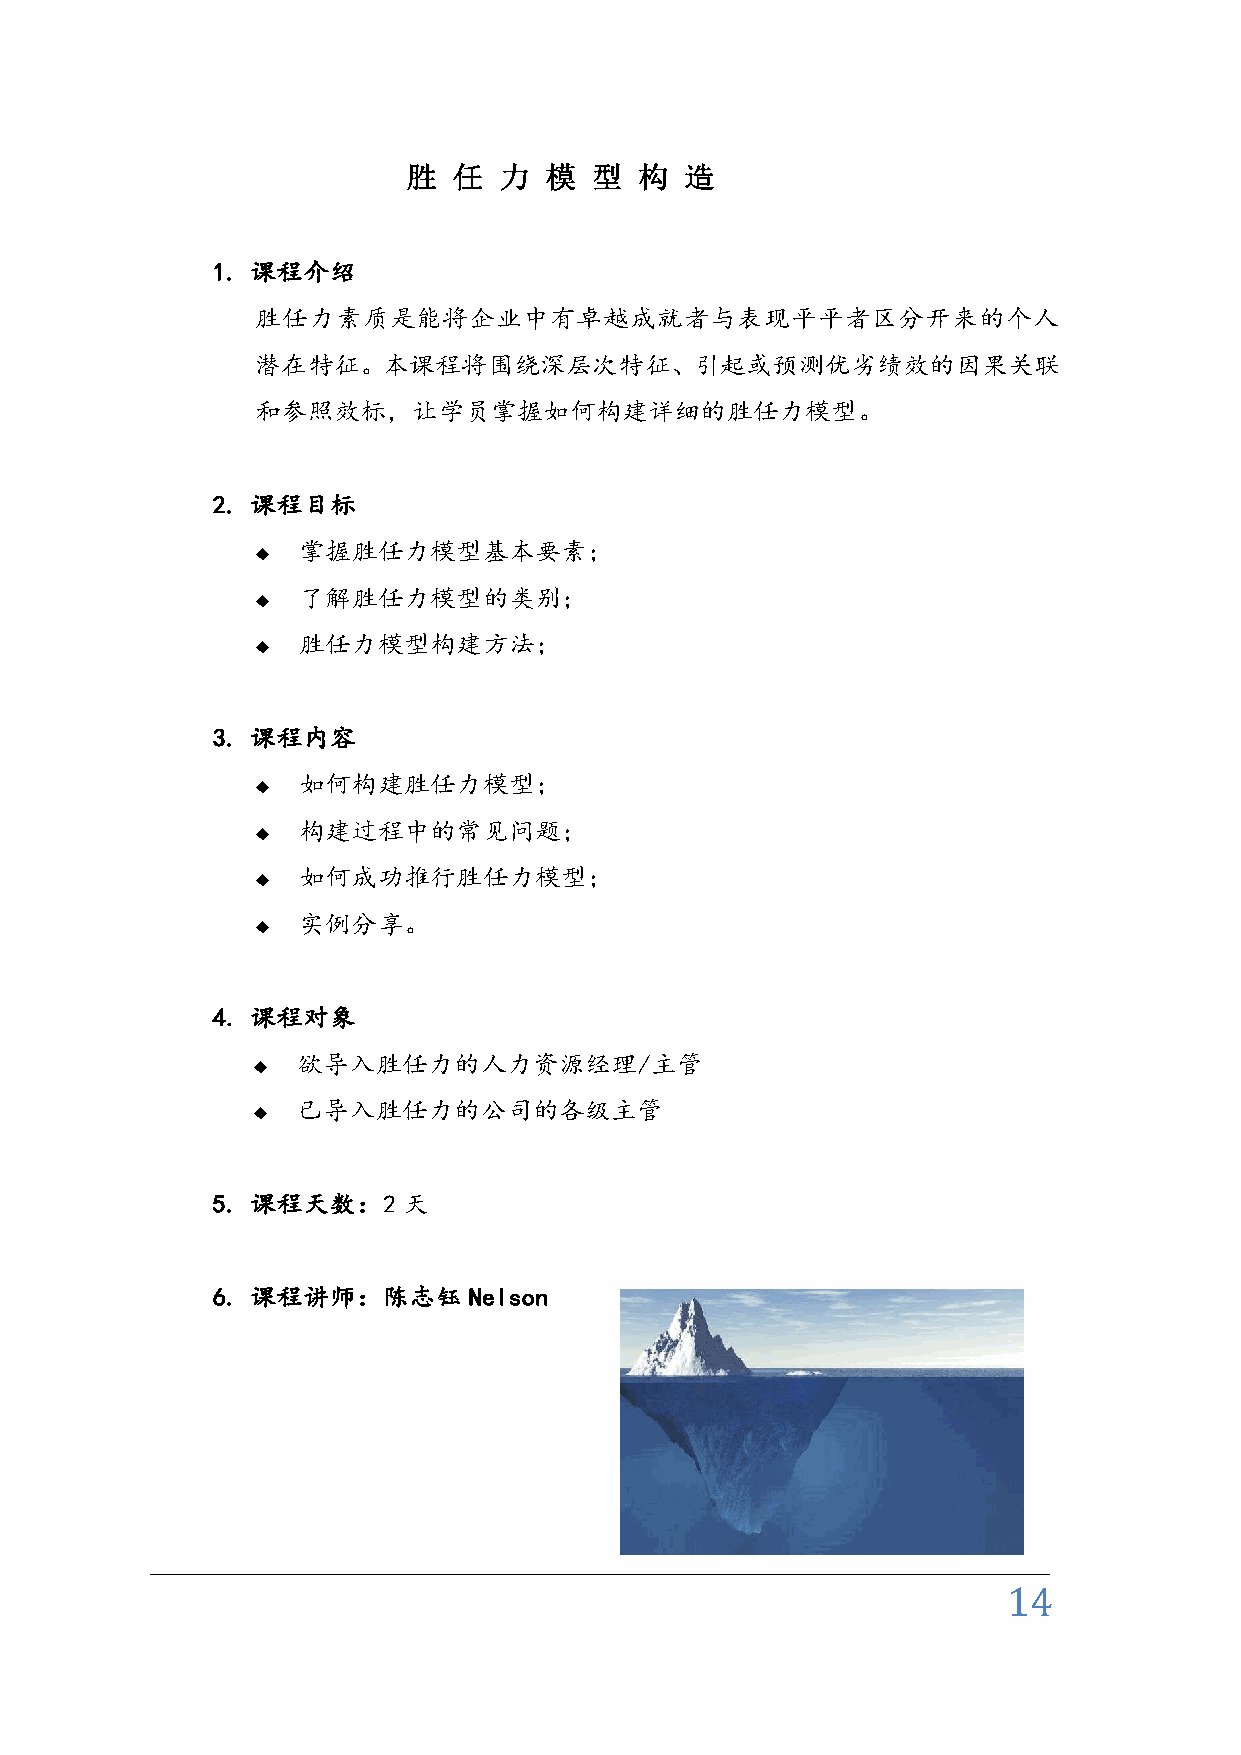
胜  任  力  模  型  构  造
 1. 课程介绍
 胜任力素质是能将企业中有卓越成就者与表现平平者区分开来的个人
 潜在特征。本课程将围绕深层次特征、引起或预测优劣绩效的因果关联
 和参照效标，让学员掌握如何构建详细的胜任力模型。
 2. 课程目标
 掌握胜任力模型基本要素；
 
 了解胜任力模型的类别；
 
 胜任力模型构建方法；
 
 3. 课程内容
 如何构建胜任力模型；
 
 构建过程中的常见问题；
 
 如何成功推行胜任力模型；
 
 实例分享。
 
 4. 课程对象
 欲导入胜任力的人力资源经理/主管
 
 已导入胜任力的公司的各级主管
 
 5. 课程天数：2    天
 6. 课程讲师：陈志钰      Nelson
 14